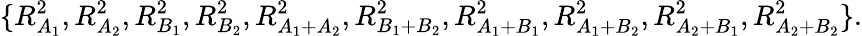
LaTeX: \{ R_{A_{1}}^{2},R_{A_{2}}^{2},R_{B_{1}}^{2},R_{B_{2}}^{2},R_{A_{1}+A_{2}}^{2},R_{B_{1}+B_{2}}^{2},R_{A_{1}+B_{1}}^{2},R_{A_{1}+B_{2}}^{2},R_{A_{2}+B_{1}}^{2},R_{A_{2}+B_{2}}^{2}\} .